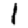
Digit: 1